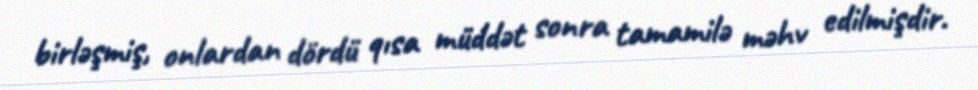
birləşmiş, onlardan dördü qısa müddət sonra tamamilə məhv edilmişdir.